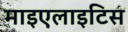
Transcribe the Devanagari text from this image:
माइएलाइटिस